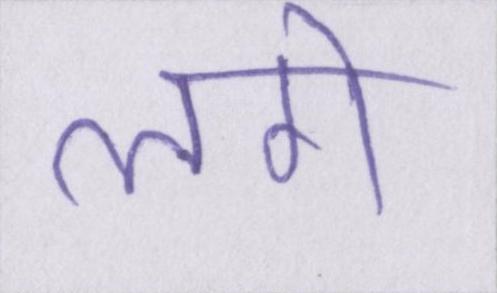
लगे